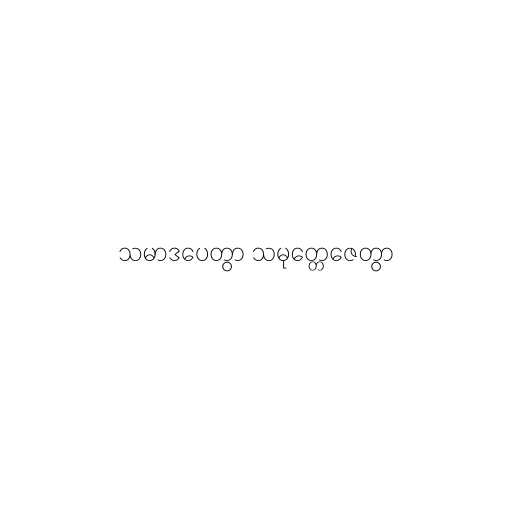
သမာဒပေတွာ သမုတ္တေဇေတွာ